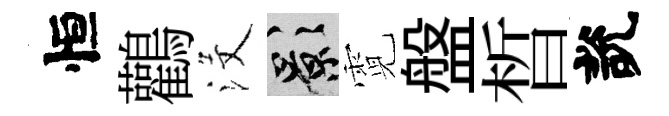
恒鸛沒影霓盤晳說